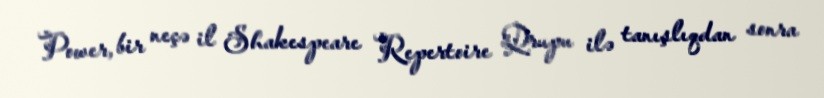
Power, bir neçə il Shakespeare Repertoire Qrupu ilə tanışlıqdan sonra